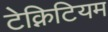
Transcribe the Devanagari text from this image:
टेक्निटियम